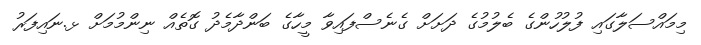
މިމައްސަލާގައި ފުލުހުންގެ ބެލުމުގެ ދަށަށް ގެނެސްފައިވާ މީހާގެ ބަންދާމެދު ގޮތެއް ނިންމުމަށް ޅ.ނައިފަރު